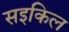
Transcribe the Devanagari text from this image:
सइकिल